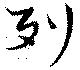
列